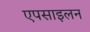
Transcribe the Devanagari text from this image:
एपसाइलन